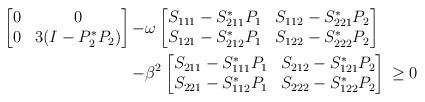
LaTeX: \begin{align*}\begin{bmatrix}0&0\\0&3(I-P_2^*P_2)\end{bmatrix}-& \omega\begin{bmatrix}S_{111}-S_{211}^*P_1 & S_{112}-S_{221}^*P_2\\S_{121}-S_{212}^*P_1&S_{122}-S_{222}^*P_2\end{bmatrix} \\-&\beta^2\begin{bmatrix}S_{211}-S_{111}^*P_1&S_{212}-S_{121}^*P_2\\S_{221}-S_{112}^*P_1&S_{222}-S_{122}^*P_2\end{bmatrix}\, \geq 0 \end{align*}